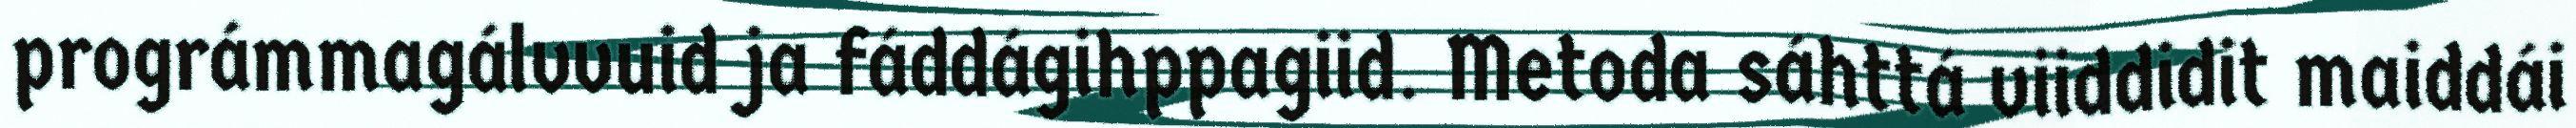
prográmmagálvvuid ja fáddágihppagiid. Metoda sáhttá viiddidit maiddái